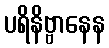
ပရိနိဗ္ဗာနေန